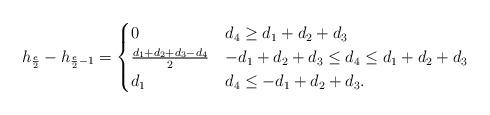
LaTeX: \begin{align*} h_{\frac{e}{2}}-h_{\frac{e}{2}-1}= \begin{cases} 0 & d_4\ge d_1+d_2+d_3 \\ \frac{d_1+d_2+d_3-d_4}{2} & -d_1+d_2+d_3\le d_4\le d_1+d_2+d_3 \\ d_1 & d_4\le -d_1+d_2+d_3 .\end{cases} \end{align*}